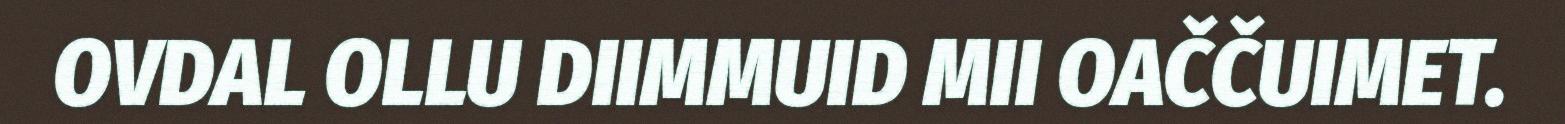
OVDAL OLLU DIIMMUID MII OAČČUIMET.